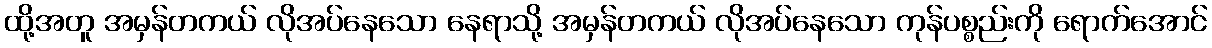
ထို့အတူ အမှန်တကယ် လိုအပ်နေသော နေရာသို့ အမှန်တကယ် လိုအပ်နေသော ကုန်ပစ္စည်းကို ရောက်အောင်